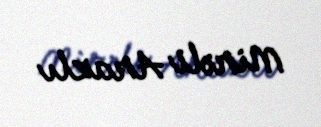
Mirəli Arazlı